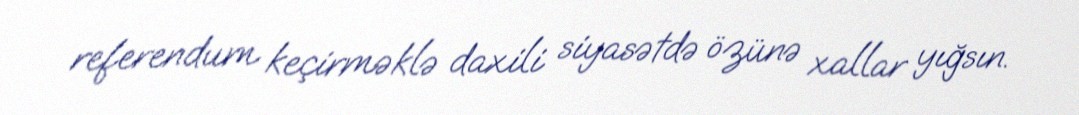
referendum keçirməklə daxili siyasətdə özünə xallar yığsın.